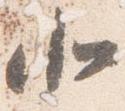
北